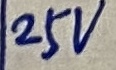
Text: 25V